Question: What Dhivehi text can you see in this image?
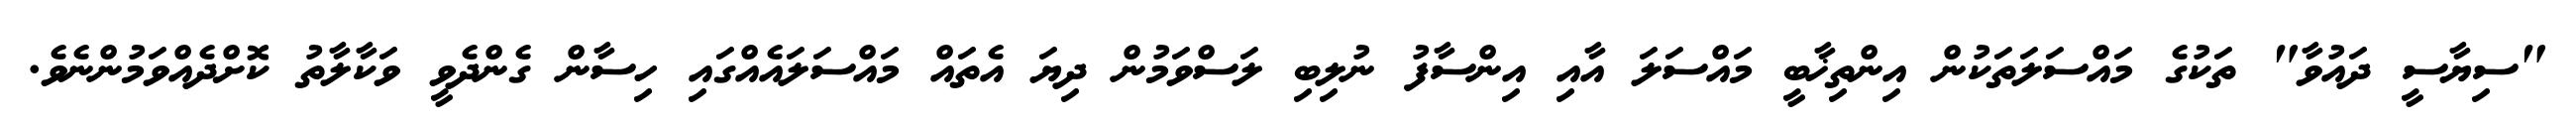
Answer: "ސިޔާސީ ދައުވާ" ތަކުގެ މައްސަލަތަކުން އިންތިޚާބީ މައްސަލަ އާއި އިންސާފު ނުލިބި ލަސްވަމުން ދިޔަ އެތައް މައްސަލައެއްގައި ހިސާން ގެންދެވީ ވަކާލާތު ކޮށްދެއްވަމުންނެވެ.